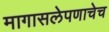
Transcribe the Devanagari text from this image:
मागासलेपणाचेच